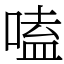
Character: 嗑